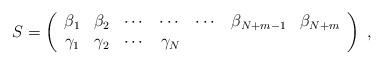
LaTeX: \begin{align*} S = \left( \begin{array}{ccccccc}\beta_1 & \beta_2 & \cdots & \cdots & \cdots & \beta_{N+m-1} & \beta_{N+m} \\ \gamma_1 & \gamma_2 & \cdots & \gamma_{N} & \end{array} \right) \;,\end{align*}